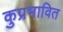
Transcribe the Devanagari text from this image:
कुप्रभावित